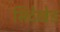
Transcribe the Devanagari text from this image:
सिदेखेड